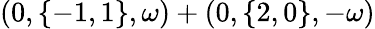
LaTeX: (0,\{ -1,1\} ,\omega)+(0,\{ 2,0\} ,-\omega)